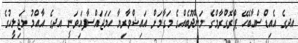
އދގެ އެއިޑްސްއާބެހޭ ޕްރޮގްރާމްގެ މަންދޫބެއްގެ މަގާމަށް އައިޝްވާރިޔާ ހަމަޖައްސާފައިވަނީ އދގެ އާއްމު މަޖިލީހުގެ